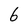
Character: 6